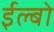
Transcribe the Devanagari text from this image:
ईल्बो